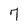
Character: 7